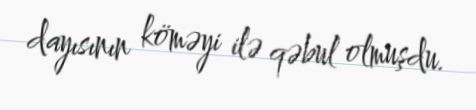
dayısının köməyi ilə qəbul olmuşdu.